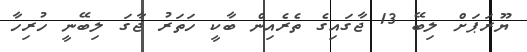
ޔޫރަޕަށް ލިބޭ 13 ޖާގައިގެ ތެރެއިން ބާކީ ހަތަރު ޖާގަ ލިބޭނީ ހުރިހާ